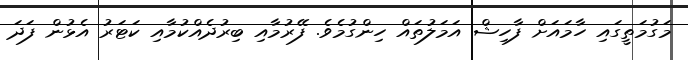
މަގުމަތީގައި ހާމައަށް ފާހިޝް އަމަލުތައް ހިންގުމެވެ. ފޭރުމާއި ބިރުދެއްކުމާއި ކަޓަރު އެޅުން ފަދަ